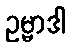
ဥမ္မာဒါ